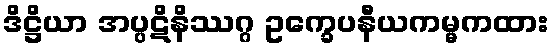
ဒိဋ္ဌိယာ အပ္ပဋိနိဿဂ္ဂ ဥက္ခေပနီယကမ္မကထား